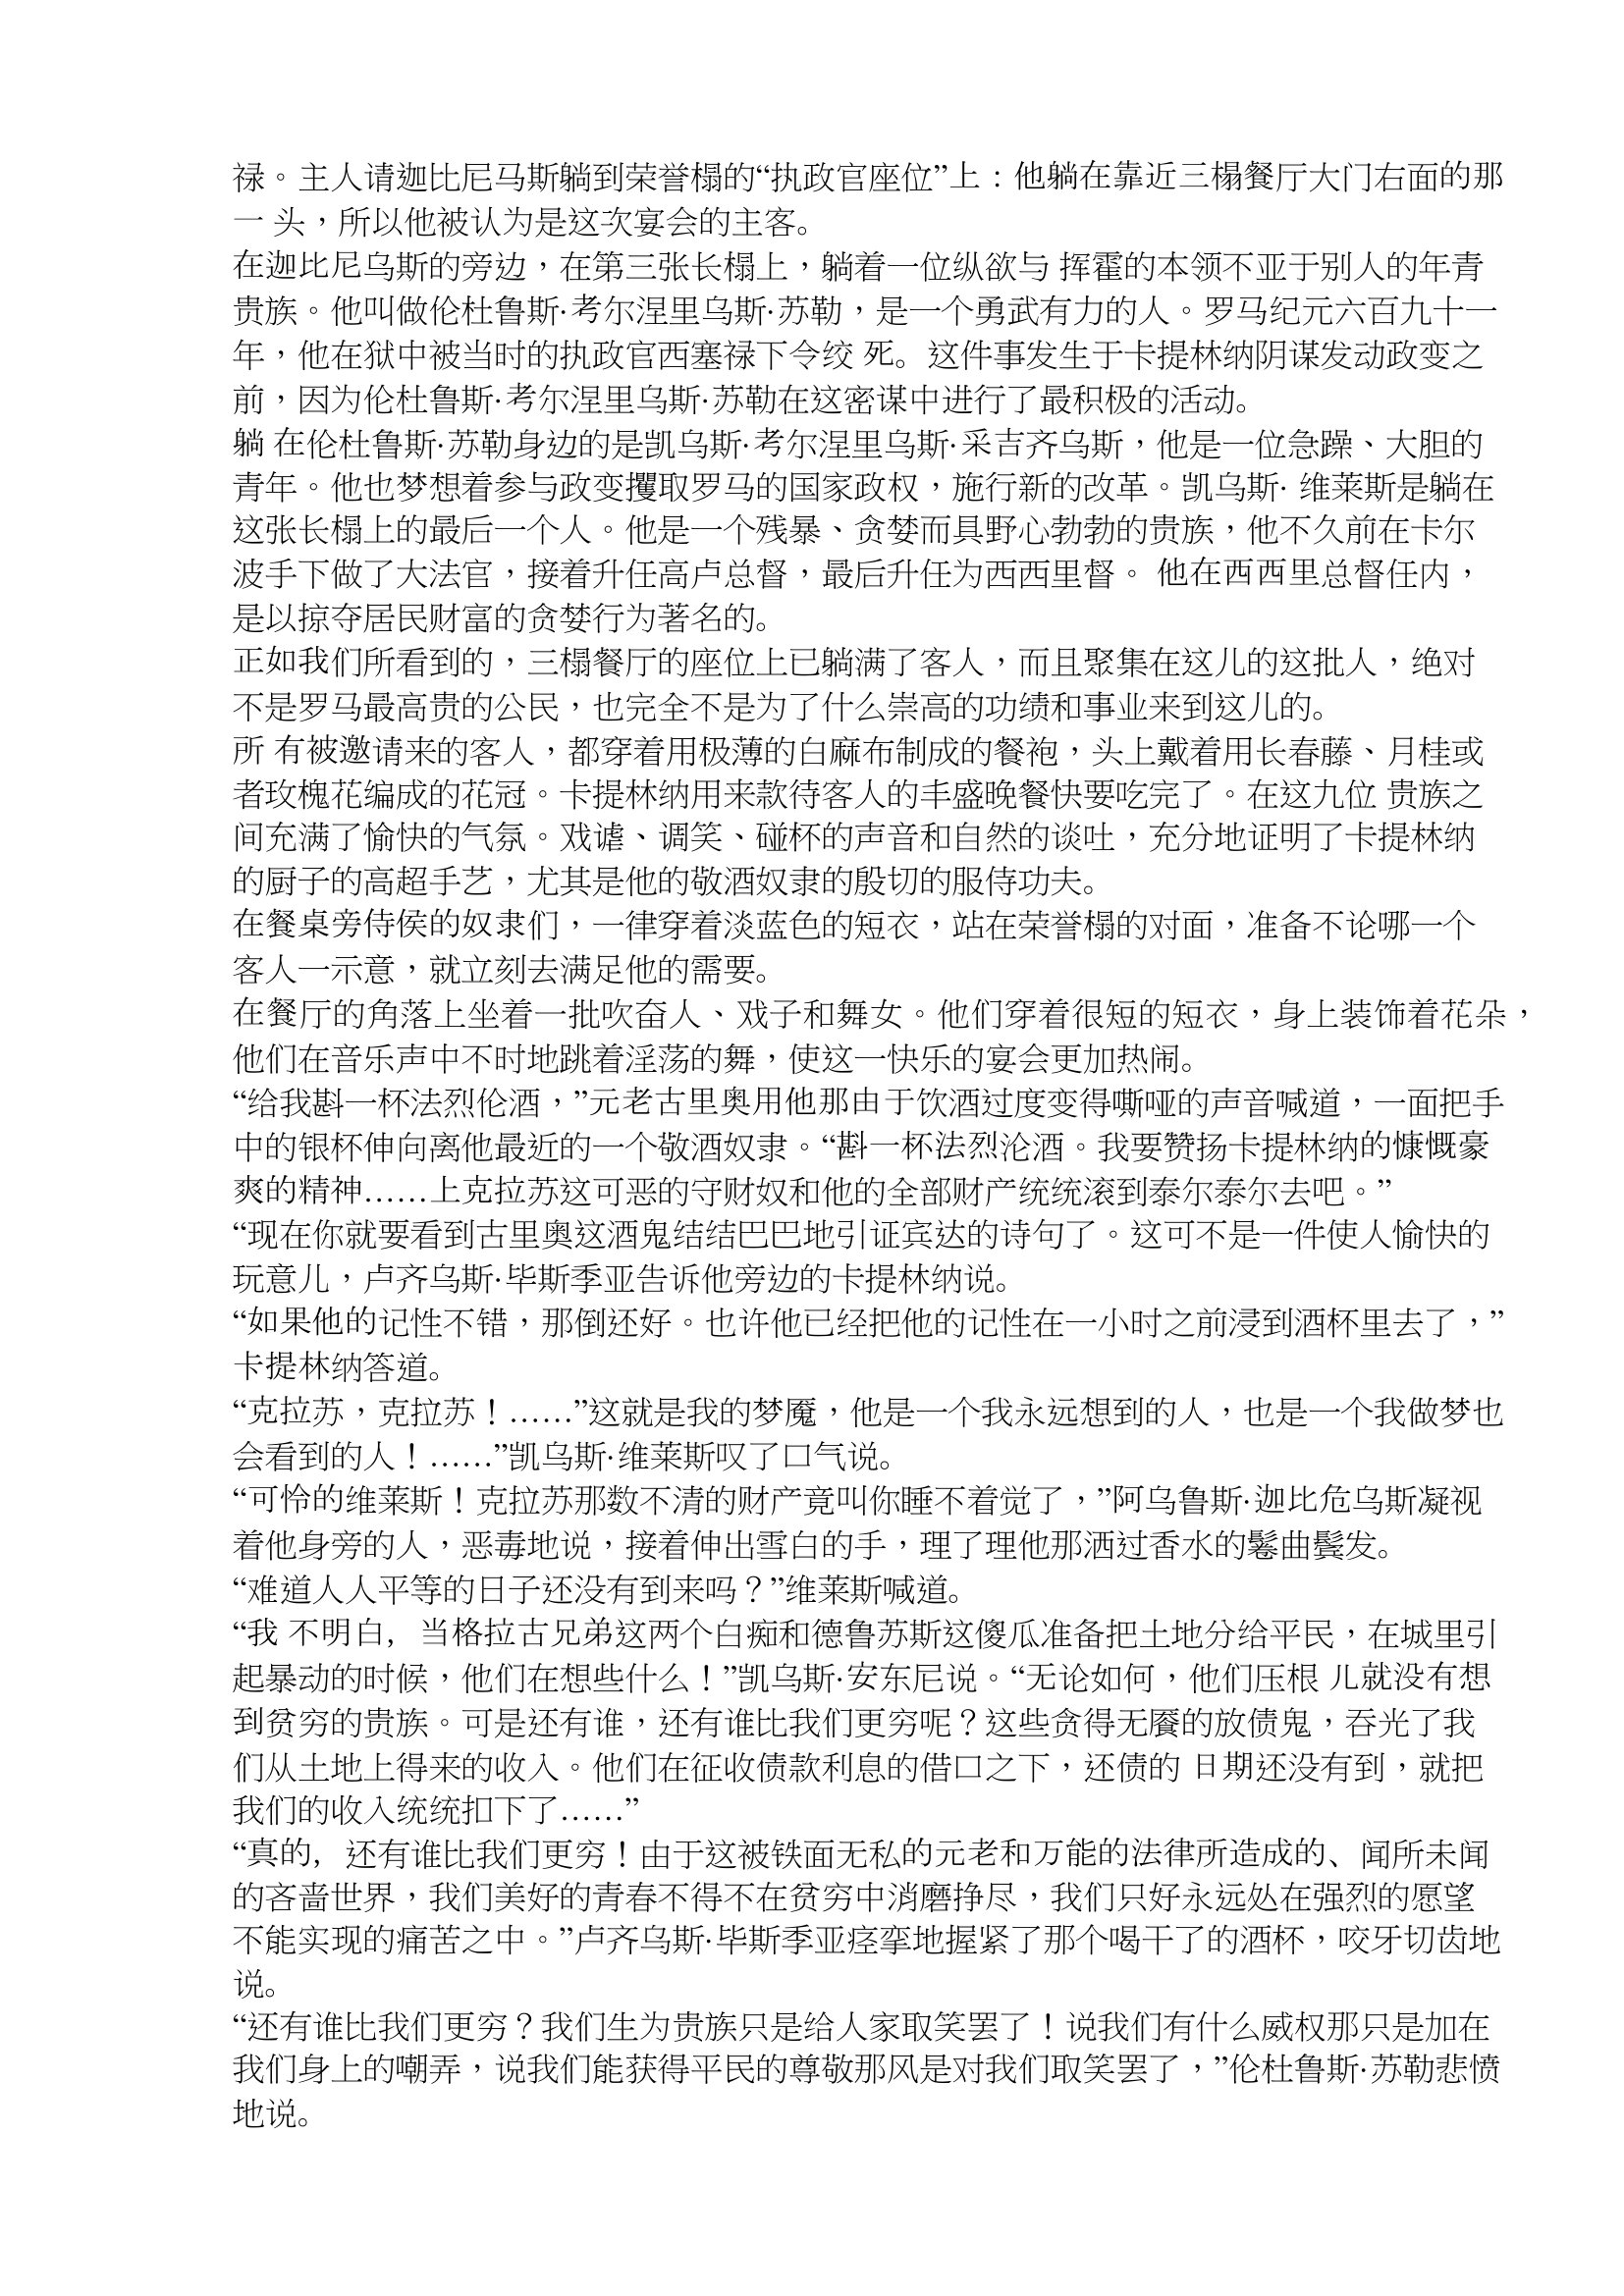
Language: zh